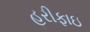
હરીફાઇ